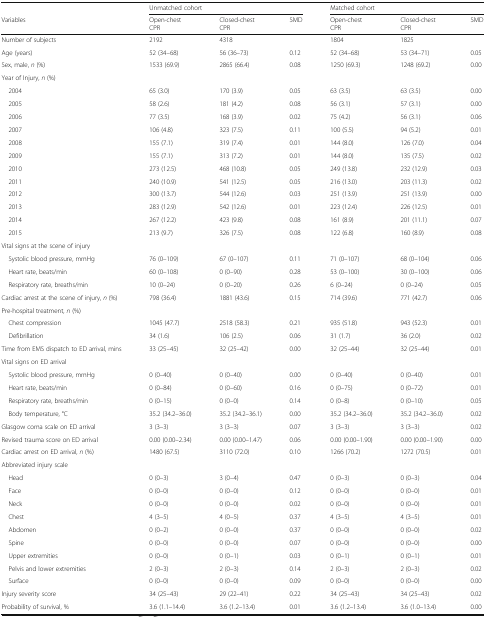
<table><thead><tr><td></td><td colspan="3"><b>Unmatched cohort</b></td><td colspan="3"><b>Matched cohort</b></td></tr><tr><td><b>Variables</b></td><td><b>Open-chestCPR</b></td><td><b>Closed-chest CPR</b></td><td><b>SMD</b></td><td><b>Open-chestCPR</b></td><td><b>Closed-chest CPR</b></td><td><b>SMD</b></td></tr></thead><tbody><tr><td>Number of subjects</td><td>2192</td><td>4318</td><td></td><td>1804</td><td>1825</td><td></td></tr><tr><td>Age (years)</td><td>52 (34–68)</td><td>56 (36–73)</td><td>0.12</td><td>52 (34–68)</td><td>53 (34–71)</td><td>0.05</td></tr><tr><td>Sex, male, <i>n</i> (%)</td><td>1533 (69.9)</td><td>2865 (66.4)</td><td>0.08</td><td>1250 (69.3)</td><td>1248 (69.2)</td><td>0.00</td></tr><tr><td colspan="7">Year of Injury, <i>n</i> (%)</td></tr><tr><td> 2004</td><td>65 (3.0)</td><td>170 (3.9)</td><td>0.05</td><td>63 (3.5)</td><td>63 (3.5)</td><td>0.00</td></tr><tr><td> 2005</td><td>58 (2.6)</td><td>181 (4.2)</td><td>0.08</td><td>56 (3.1)</td><td>57 (3.1)</td><td>0.00</td></tr><tr><td> 2006</td><td>77 (3.5)</td><td>168 (3.9)</td><td>0.02</td><td>75 (4.2)</td><td>56 (3.1)</td><td>0.06</td></tr><tr><td> 2007</td><td>106 (4.8)</td><td>323 (7.5)</td><td>0.11</td><td>100 (5.5)</td><td>94 (5.2)</td><td>0.01</td></tr><tr><td> 2008</td><td>155 (7.1)</td><td>319 (7.4)</td><td>0.01</td><td>144 (8.0)</td><td>126 (7.0)</td><td>0.04</td></tr><tr><td> 2009</td><td>155 (7.1)</td><td>313 (7.2)</td><td>0.01</td><td>144 (8.0)</td><td>135 (7.5)</td><td>0.02</td></tr><tr><td> 2010</td><td>273 (12.5)</td><td>468 (10.8)</td><td>0.05</td><td>249 (13.8)</td><td>232 (12.9)</td><td>0.03</td></tr><tr><td> 2011</td><td>240 (10.9)</td><td>541 (12.5)</td><td>0.05</td><td>216 (13.0)</td><td>203 (11.3)</td><td>0.02</td></tr><tr><td> 2012</td><td>300 (13.7)</td><td>544 (12.6)</td><td>0.03</td><td>251 (13.9)</td><td>251 (13.9)</td><td>0.00</td></tr><tr><td> 2013</td><td>283 (12.9)</td><td>542 (12.6)</td><td>0.01</td><td>223 (12.4)</td><td>226 (12.5)</td><td>0.01</td></tr><tr><td> 2014</td><td>267 (12.2)</td><td>423 (9.8)</td><td>0.08</td><td>161 (8.9)</td><td>201 (11.1)</td><td>0.07</td></tr><tr><td> 2015</td><td>213 (9.7)</td><td>326 (7.5)</td><td>0.08</td><td>122 (6.8)</td><td>160 (8.9)</td><td>0.08</td></tr><tr><td colspan="7">Vital signs at the scene of injury</td></tr><tr><td> Systolic blood pressure, mmHg</td><td>76 (0–109)</td><td>67 (0–107)</td><td>0.11</td><td>71 (0–107)</td><td>68 (0–104)</td><td>0.06</td></tr><tr><td> Heart rate, beats/min</td><td>60 (0–108)</td><td>0 (0–90)</td><td>0.28</td><td>53 (0–100)</td><td>30 (0–100)</td><td>0.06</td></tr><tr><td> Respiratory rate, breaths/min</td><td>10 (0–24)</td><td>0 (0–20)</td><td>0.26</td><td>6 (0–24)</td><td>0 (0–24)</td><td>0.05</td></tr><tr><td>Cardiac arrest at the scene of injury, <i>n</i> (%)</td><td>798 (36.4)</td><td>1881 (43.6)</td><td>0.15</td><td>714 (39.6)</td><td>771 (42.7)</td><td>0.06</td></tr><tr><td colspan="7">Pre-hospital treatment, <i>n</i> (%)</td></tr><tr><td> Chest compression</td><td>1045 (47.7)</td><td>2518 (58.3)</td><td>0.21</td><td>935 (51.8)</td><td>943 (52.3)</td><td>0.01</td></tr><tr><td> Defibrillation</td><td>34 (1.6)</td><td>106 (2.5)</td><td>0.06</td><td>31 (1.7)</td><td>36 (2.0)</td><td>0.02</td></tr><tr><td>Time from EMS dispatch to ED arrival, mins</td><td>33 (25–45)</td><td>32 (25–42)</td><td>0.00</td><td>32 (25–44)</td><td>32 (25–44)</td><td>0.01</td></tr><tr><td colspan="7">Vital signs on ED arrival</td></tr><tr><td> Systolic blood pressure, mmHg</td><td>0 (0–40)</td><td>0 (0–40)</td><td>0.00</td><td>0 (0–40)</td><td>0 (0–40)</td><td>0.01</td></tr><tr><td> Heart rate, beats/min</td><td>0 (0–84)</td><td>0 (0–60)</td><td>0.16</td><td>0 (0–75)</td><td>0 (0–72)</td><td>0.01</td></tr><tr><td> Respiratory rate, breaths/min</td><td>0 (0–15)</td><td>0 (0–0)</td><td>0.14</td><td>0 (0–8)</td><td>0 (0–10)</td><td>0.05</td></tr><tr><td> Body temperature, °C</td><td>35.2 (34.2–36.0)</td><td>35.2 (34.2–36.1)</td><td>0.00</td><td>35.2 (34.2–36.0)</td><td>35.2 (34.2–36.0)</td><td>0.02</td></tr><tr><td>Glasgow coma scale on ED arrival</td><td>3 (3–3)</td><td>3 (3–3)</td><td>0.07</td><td>3 (3–3)</td><td>3 (3–3)</td><td>0.02</td></tr><tr><td>Revised trauma score on ED arrival</td><td>0.00 (0.00–2.34)</td><td>0.00 (0.00–1.47)</td><td>0.06</td><td>0.00 (0.00–1.90)</td><td>0.00 (0.00–1.90)</td><td>0.00</td></tr><tr><td>Cardiac arrest on ED arrival, <i>n</i> (%)</td><td>1480 (67.5)</td><td>3110 (72.0)</td><td>0.10</td><td>1266 (70.2)</td><td>1272 (70.5)</td><td>0.01</td></tr><tr><td colspan="7">Abbreviated injury scale</td></tr><tr><td> Head</td><td>0 (0–3)</td><td>3 (0–4)</td><td>0.47</td><td>0 (0–3)</td><td>0 (0–3)</td><td>0.04</td></tr><tr><td> Face</td><td>0 (0–0)</td><td>0 (0–0)</td><td>0.12</td><td>0 (0–0)</td><td>0 (0–0)</td><td>0.01</td></tr><tr><td> Neck</td><td>0 (0–0)</td><td>0 (0–0)</td><td>0.02</td><td>0 (0–0)</td><td>0 (0–0)</td><td>0.01</td></tr><tr><td> Chest</td><td>4 (3–5)</td><td>4 (0–5)</td><td>0.37</td><td>4 (3–5)</td><td>4 (3–5)</td><td>0.01</td></tr><tr><td> Abdomen</td><td>0 (0–2)</td><td>0 (0–0)</td><td>0.37</td><td>0 (0–0)</td><td>0 (0–0)</td><td>0.02</td></tr><tr><td> Spine</td><td>0 (0–0)</td><td>0 (0–0)</td><td>0.07</td><td>0 (0–0)</td><td>0 (0–0)</td><td>0.00</td></tr><tr><td> Upper extremities</td><td>0 (0–0)</td><td>0 (0–1)</td><td>0.03</td><td>0 (0–1)</td><td>0 (0–1)</td><td>0.01</td></tr><tr><td> Pelvis and lower extremities</td><td>2 (0–3)</td><td>2 (0–3)</td><td>0.14</td><td>2 (0–3)</td><td>2 (0–3)</td><td>0.02</td></tr><tr><td> Surface</td><td>0 (0–0)</td><td>0 (0–0)</td><td>0.09</td><td>0 (0–0)</td><td>0 (0–0)</td><td>0.00</td></tr><tr><td>Injury severity score</td><td>34 (25–43)</td><td>29 (22–41)</td><td>0.22</td><td>34 (25–43)</td><td>34 (25–43)</td><td>0.02</td></tr><tr><td>Probability of survival, %</td><td>3.6 (1.1–14.4)</td><td>3.6 (1.2–13.4)</td><td>0.01</td><td>3.6 (1.2–13.4)</td><td>3.6 (1.0–13.4)</td><td>0.00</td></tr></tbody></table>